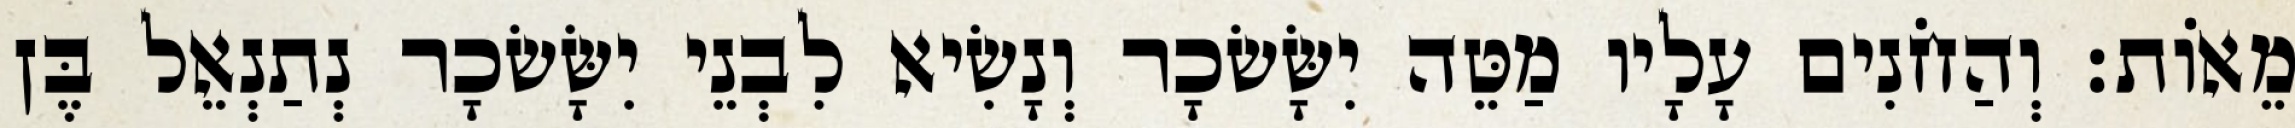
מֵאוֹת׃ וְהַחֹנִים עָלָיו מַטֵּה יִשָּׂשׂכָר וְנָשִׂיא לִבְנֵי יִשָּׂשׂכָר נְתַנְאֵל בֶּן